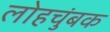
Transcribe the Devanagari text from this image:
लोहचुंबक